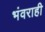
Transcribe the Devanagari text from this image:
भंवराही